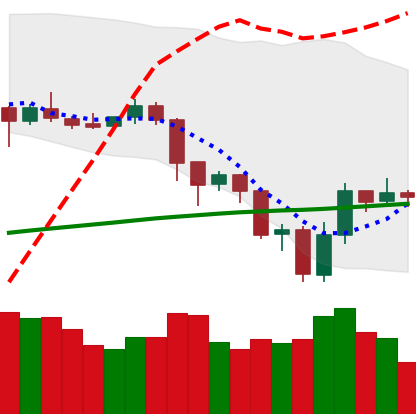
Ticker: LTC-USD
Chart end date: 2019-07-21
Forward return: -5.343%
Label: down_5_7